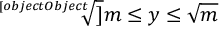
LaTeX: { \sqrt [ [object Object] ] { m } } \leq y \leq { \sqrt { m } }